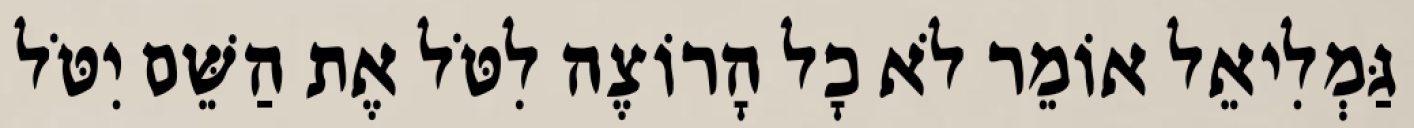
גַּמְלִיאֵל אוֹמֵר לֹא כָל הָרוֹצֶה לִטֹּל אֶת הַשֵּׁם יִטֹּל